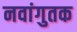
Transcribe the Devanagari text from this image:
नवांगुतक